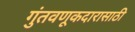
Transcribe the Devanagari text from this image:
गुंतवणूकदारासाठी